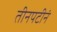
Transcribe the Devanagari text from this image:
तीनपटीनं